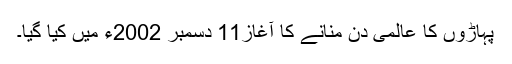
پہاڑوں کا عالمی دن منانے کا آغاز11 دسمبر 2002ء میں کیا گیا۔